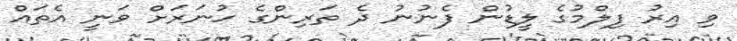
ވި އިރުު ފިލްމުގެ ލީޑުން ފެނުނު ދެ ތަރިންގެ ހުނަރަށް ވަނީ އެތައް